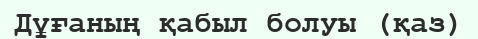
Дұғаның қабыл болуы (қаз)